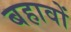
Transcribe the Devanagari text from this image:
बहावों